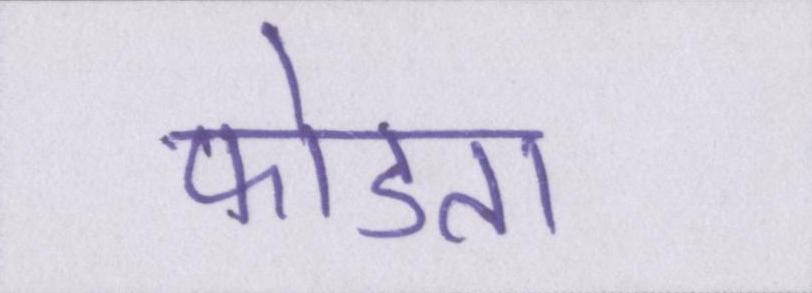
फोडता